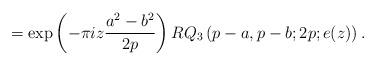
LaTeX: \begin{align*}=\exp\left(-\pi i z \frac{a^2-b^2}{2p}\right)RQ_3\left(p-a,p-b;2p;e(z)\right).\end{align*}